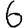
Digit: 6